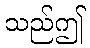
သည်ဤ